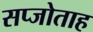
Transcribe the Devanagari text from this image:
सप्जोताह